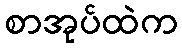
စာအုပ်ထဲက